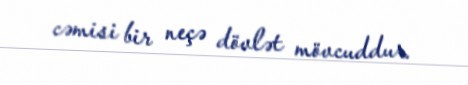
cəmisi bir neçə dövlət mövcuddur.